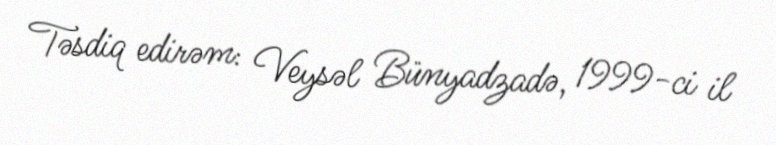
Təsdiq edirəm: Veysəl Bünyadzadə, 1999-ci il